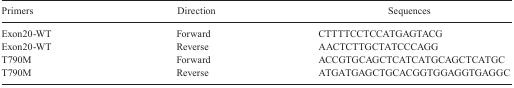
<table><thead><tr><td><b>Primers</b></td><td><b>Direction</b></td><td><b>Sequences</b></td></tr></thead><tbody><tr><td>Exon20-WT</td><td>Forward</td><td>CTTTTCCTCCATGAGTACG</td></tr><tr><td>Exon20-WT</td><td>Reverse</td><td>AACTCTTGCTATCCCAGG</td></tr><tr><td>T790M</td><td>Forward</td><td>ACCGTGCAGCTCATCATGCAGCTCATGC</td></tr><tr><td>T790M</td><td>Reverse</td><td>ATGATGAGCTGCACGGTGGAGGTGAGGC</td></tr></tbody></table>